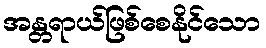
အန္တရာယ်ဖြစ်စေနိုင်သော